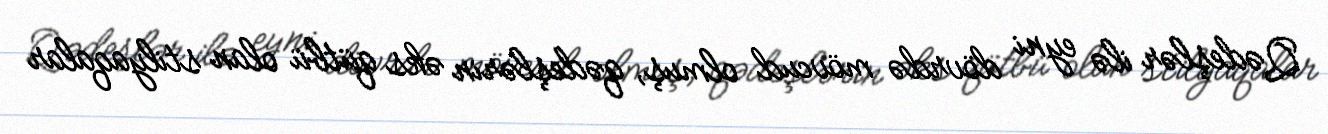
Qədeşlər ilə eyni dövrdə mövcud olmuş, qədeşlərin əks qütbü olan stilyaqalar